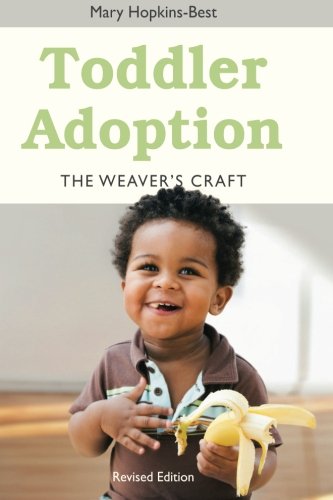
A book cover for Toddler Adoption: The Weaver's Craft; Mary Hopkins-Best; Parenting & Relationships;